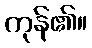
ကုန်၏။